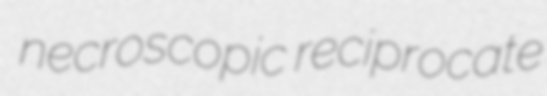
necroscopic reciprocate